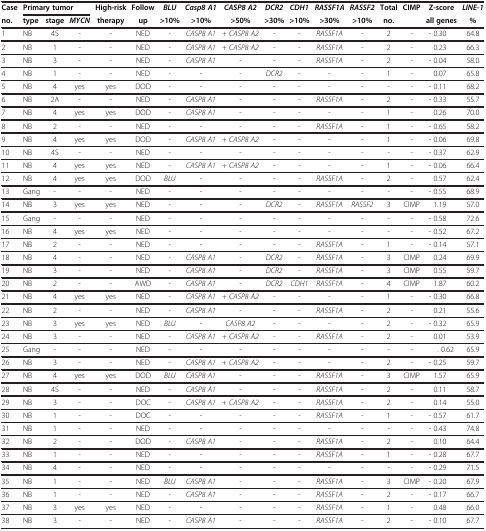
<table><thead><tr><td><b>Case</b></td><td colspan="3"><b>Primary tumor</b></td><td><b>High-risk</b></td><td><b>Follow</b></td><td><b><i>BLU</i></b></td><td><b><i>Casp8 A1</i></b></td><td><b><i>CASP8 A2</i></b></td><td><b><i>DCR2</i></b></td><td><b><i>CDH1</i></b></td><td><b><i>RASSF1A</i></b></td><td><b><i>RASSF2</i></b></td><td><b>Total</b></td><td><b>CIMP</b></td><td><b>Z-score</b></td><td><b><i>LINE-1</i></b></td></tr><tr><td><b>no.</b></td><td><b>type</b></td><td><b>stage</b></td><td><b><i>MYCN</i></b></td><td><b>therapy</b></td><td><b>up</b></td><td><b>&gt;10%</b></td><td><b>&gt;10%</b></td><td><b>&gt;50%</b></td><td><b>&gt;30%</b></td><td><b>&gt;10%</b></td><td><b>&gt;30%</b></td><td><b>&gt;10%</b></td><td><b>no.</b></td><td><b> </b></td><td><b>all genes</b></td><td><b>%</b></td></tr></thead><tbody><tr><td>1</td><td>NB</td><td>4S</td><td>-</td><td>-</td><td>NED</td><td>-</td><td><i>CASP8 A1</i></td><td><i>+ CASP8 A2</i></td><td>-</td><td>-</td><td><i>RASSF1A</i></td><td>-</td><td>2</td><td>-</td><td>- 0.30</td><td>64.8</td></tr><tr><td>2</td><td>NB</td><td>1</td><td>-</td><td>-</td><td>NED</td><td>-</td><td><i>CASP8 A1</i></td><td><i>+ CASP8 A2</i></td><td>-</td><td>-</td><td><i>RASSF1A</i></td><td>-</td><td>2</td><td>-</td><td>0.23</td><td>66.3</td></tr><tr><td>3</td><td>NB</td><td>3</td><td>-</td><td>-</td><td>NED</td><td>-</td><td><i>CASP8 A1</i></td><td>-</td><td>-</td><td>-</td><td><i>RASSF1A</i></td><td>-</td><td>2</td><td>-</td><td>- 0.04</td><td>58.0</td></tr><tr><td>4</td><td>NB</td><td>1</td><td>-</td><td>-</td><td>NED</td><td>-</td><td>-</td><td>-</td><td><i>DCR2</i></td><td>-</td><td>-</td><td>-</td><td>1</td><td>-</td><td>0.07</td><td>65.8</td></tr><tr><td>5</td><td>NB</td><td>4</td><td>yes</td><td>yes</td><td>DOD</td><td>-</td><td>-</td><td>-</td><td>-</td><td>-</td><td>-</td><td>-</td><td>-</td><td>-</td><td>- 0.11</td><td>68.2</td></tr><tr><td>6</td><td>NB</td><td>2A</td><td>-</td><td>-</td><td>NED</td><td>-</td><td><i>CASP8 A1</i></td><td>-</td><td>-</td><td>-</td><td><i>RASSF1A</i></td><td>-</td><td>2</td><td>-</td><td>- 0.33</td><td>55.7</td></tr><tr><td>7</td><td>NB</td><td>4</td><td>yes</td><td>yes</td><td>DOD</td><td>-</td><td><i>CASP8 A1</i></td><td>-</td><td>-</td><td>-</td><td>-</td><td>-</td><td>1</td><td>-</td><td>0.26</td><td>70.0</td></tr><tr><td>8</td><td>NB</td><td>2</td><td>-</td><td>-</td><td>NED</td><td>-</td><td>-</td><td>-</td><td>-</td><td>-</td><td><i>RASSF1A</i></td><td>-</td><td>1</td><td>-</td><td>- 0.65</td><td>58.2</td></tr><tr><td>9</td><td>NB</td><td>4</td><td>yes</td><td>yes</td><td>DOD</td><td>-</td><td><i>CASP8 A1</i></td><td><i>+ CASP8 A2</i></td><td>-</td><td>-</td><td>-</td><td>-</td><td>1</td><td>-</td><td>- 0.06</td><td>69.8</td></tr><tr><td>10</td><td>NB</td><td>4S</td><td>-</td><td>-</td><td>NED</td><td>-</td><td>-</td><td>-</td><td>-</td><td>-</td><td>-</td><td>-</td><td>-</td><td>-</td><td>- 0.37</td><td>62.9</td></tr><tr><td>11</td><td>NB</td><td>4</td><td>yes</td><td>yes</td><td>NED</td><td>-</td><td><i>CASP8 A1</i></td><td><i>+ CASP8 A2</i></td><td>-</td><td>-</td><td>-</td><td>-</td><td>1</td><td>-</td><td>- 0.06</td><td>66.4</td></tr><tr><td>12</td><td>NB</td><td>4</td><td>yes</td><td>yes</td><td>DOD</td><td><i>BLU</i></td><td>-</td><td>-</td><td>-</td><td>-</td><td><i>RASSF1A</i></td><td>-</td><td>2</td><td>-</td><td>0.57</td><td>62.4</td></tr><tr><td>13</td><td>Gang</td><td>-</td><td>-</td><td>-</td><td>NED</td><td>-</td><td>-</td><td>-</td><td>-</td><td>-</td><td>-</td><td>-</td><td>-</td><td>-</td><td>- 0.55</td><td>68.9</td></tr><tr><td>14</td><td>NB</td><td>3</td><td>yes</td><td>yes</td><td>NED</td><td>-</td><td>-</td><td>-</td><td><i>DCR2</i></td><td>-</td><td><i>RASSF1A</i></td><td><i>RASSF2</i></td><td>3</td><td>CIMP</td><td>1.19</td><td>57.0</td></tr><tr><td>15</td><td>Gang</td><td>-</td><td>-</td><td>-</td><td>NED</td><td>-</td><td>-</td><td>-</td><td>-</td><td>-</td><td>-</td><td>-</td><td>-</td><td>-</td><td>- 0.58</td><td>72.6</td></tr><tr><td>16</td><td>NB</td><td>4</td><td>yes</td><td>yes</td><td>NED</td><td>-</td><td>-</td><td>-</td><td>-</td><td>-</td><td>-</td><td>-</td><td>-</td><td>-</td><td>- 0.52</td><td>67.2</td></tr><tr><td>17</td><td>NB</td><td>2</td><td>-</td><td>-</td><td>NED</td><td>-</td><td>-</td><td>-</td><td>-</td><td>-</td><td><i>RASSF1A</i></td><td>-</td><td>1</td><td>-</td><td>- 0.14</td><td>57.1</td></tr><tr><td>18</td><td>NB</td><td>4</td><td>-</td><td>-</td><td>NED</td><td>-</td><td><i>CASP8 A1</i></td><td>-</td><td><i>DCR2</i></td><td>-</td><td><i>RASSF1A</i></td><td>-</td><td>3</td><td>CIMP</td><td>0.24</td><td>69.9</td></tr><tr><td>19</td><td>NB</td><td>3</td><td>-</td><td>-</td><td>NED</td><td>-</td><td><i>CASP8 A1</i></td><td>-</td><td><i>DCR2</i></td><td>-</td><td><i>RASSF1A</i></td><td>-</td><td>3</td><td>CIMP</td><td>0.55</td><td>59.7</td></tr><tr><td>20</td><td>NB</td><td>2</td><td>-</td><td>-</td><td>AWD</td><td>-</td><td><i>CASP8 A1</i></td><td>-</td><td><i>DCR2</i></td><td><i>CDH1</i></td><td><i>RASSF1A</i></td><td>-</td><td>4</td><td>CIMP</td><td>1.87</td><td>60.2</td></tr><tr><td>21</td><td>NB</td><td>4</td><td>yes</td><td>yes</td><td>NED</td><td>-</td><td><i>CASP8 A1</i></td><td><i>+ CASP8 A2</i></td><td>-</td><td>-</td><td>-</td><td>-</td><td>1</td><td>-</td><td>- 0.30</td><td>66.8</td></tr><tr><td>22</td><td>NB</td><td>2</td><td>-</td><td>-</td><td>NED</td><td>-</td><td><i>CASP8 A1</i></td><td>-</td><td>-</td><td>-</td><td><i>RASSF1A</i></td><td>-</td><td>2</td><td>-</td><td>0.21</td><td>55.6</td></tr><tr><td>23</td><td>NB</td><td>3</td><td>yes</td><td>yes</td><td>NED</td><td><i>BLU</i></td><td>-</td><td><i>CASP8 A2</i></td><td>-</td><td>-</td><td>-</td><td>-</td><td>2</td><td>-</td><td>- 0.32</td><td>65.9</td></tr><tr><td>24</td><td>NB</td><td>3</td><td>-</td><td>-</td><td>NED</td><td>-</td><td><i>CASP8 A1</i></td><td><i>+ CASP8 A2</i></td><td>-</td><td>-</td><td><i>RASSF1A</i></td><td>-</td><td>2</td><td>-</td><td>0.01</td><td>53.9</td></tr><tr><td>25</td><td>Gang</td><td>-</td><td>-</td><td>-</td><td>NED</td><td>-</td><td>-</td><td>-</td><td>-</td><td>-</td><td>-</td><td>-</td><td>-</td><td>-</td><td>. 0.62</td><td>65.9</td></tr><tr><td>26</td><td>NB</td><td>3</td><td>-</td><td>-</td><td>NED</td><td>-</td><td><i>CASP8 A1</i></td><td><i>+ CASP8 A2</i></td><td>-</td><td>-</td><td>-</td><td>-</td><td>2</td><td>-</td><td>- 0.25</td><td>59.7</td></tr><tr><td>27</td><td>NB</td><td>4</td><td>yes</td><td>yes</td><td>DOD</td><td><i>BLU</i></td><td><i>CASP8 A1</i></td><td>-</td><td>-</td><td>-</td><td><i>RASSF1A</i></td><td>-</td><td>3</td><td>CIMP</td><td>1.57</td><td>65.9</td></tr><tr><td>28</td><td>NB</td><td>4S</td><td>-</td><td>-</td><td>NED</td><td>-</td><td><i>CASP8 A1</i></td><td>-</td><td>-</td><td>-</td><td><i>RASSF1A</i></td><td>-</td><td>2</td><td>-</td><td>0.11</td><td>58.7</td></tr><tr><td>29</td><td>NB</td><td>3</td><td>-</td><td>-</td><td>DOC</td><td>-</td><td><i>CASP8 A1</i></td><td><i>+ CASP8 A2</i></td><td>-</td><td>-</td><td><i>RASSF1A</i></td><td>-</td><td>2</td><td>-</td><td>0.14</td><td>55.0</td></tr><tr><td>30</td><td>NB</td><td>1</td><td>-</td><td>-</td><td>DOC</td><td>-</td><td>-</td><td>-</td><td>-</td><td>-</td><td><i>RASSF1A</i></td><td>-</td><td>1</td><td>-</td><td>- 0.57</td><td>61.7</td></tr><tr><td>31</td><td>NB</td><td>1</td><td>-</td><td>-</td><td>NED</td><td>-</td><td>-</td><td>-</td><td>-</td><td>-</td><td>-</td><td>-</td><td>-</td><td>-</td><td>- 0.43</td><td>74.8</td></tr><tr><td>32</td><td>NB</td><td>2</td><td>-</td><td>-</td><td>DOD</td><td>-</td><td><i>CASP8 A1</i></td><td>-</td><td>-</td><td>-</td><td><i>RASSF1A</i></td><td>-</td><td>2</td><td>-</td><td>0.10</td><td>64.4</td></tr><tr><td>33</td><td>NB</td><td>1</td><td>-</td><td>-</td><td>NED</td><td>-</td><td>-</td><td>-</td><td>-</td><td>-</td><td><i>RASSF1A</i></td><td>-</td><td>1</td><td>-</td><td>- 0.28</td><td>67.7</td></tr><tr><td>34</td><td>NB</td><td>4</td><td>-</td><td>-</td><td>NED</td><td>-</td><td>-</td><td>-</td><td>-</td><td>-</td><td>-</td><td>-</td><td>-</td><td>-</td><td>- 0.29</td><td>71.5</td></tr><tr><td>35</td><td>NB</td><td>1</td><td>-</td><td>-</td><td>NED</td><td><i>BLU</i></td><td><i>CASP8 A1</i></td><td>-</td><td>-</td><td>-</td><td><i>RASSF1A</i></td><td>-</td><td>3</td><td>CIMP</td><td>- 0.20</td><td>67.9</td></tr><tr><td>36</td><td>NB</td><td>1</td><td>-</td><td>-</td><td>NED</td><td>-</td><td><i>CASP8 A1</i></td><td>-</td><td>-</td><td>-</td><td><i>RASSF1A</i></td><td>-</td><td>2</td><td>-</td><td>- 0.17</td><td>66.7</td></tr><tr><td>37</td><td>NB</td><td>3</td><td>yes</td><td>yes</td><td>NED</td><td>-</td><td>-</td><td>-</td><td>-</td><td>-</td><td><i>RASSF1A</i></td><td>-</td><td>1</td><td>-</td><td>0.48</td><td>66.0</td></tr><tr><td>38</td><td>NB</td><td>3</td><td>-</td><td>-</td><td>NED</td><td>-</td><td><i>CASP8 A1</i></td><td>-</td><td>-</td><td>-</td><td><i>RASSF1A</i></td><td>-</td><td>2</td><td>-</td><td>- 0.10</td><td>67.7</td></tr></tbody></table>